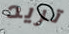
تريد